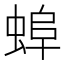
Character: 𧌓